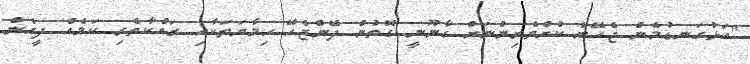
"އަޅުގަނޑުމެން ޖެހޭނެ ކުށްވެރިންނަށް ގާނޫނީ ގޮތުން ދޭންޖެހޭ ހިމާޔަތަކާއި ރައްކާތެރި ކަމެއް ދީގެން